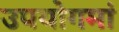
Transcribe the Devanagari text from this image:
उपयोगमां